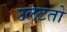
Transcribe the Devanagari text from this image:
उलटतो